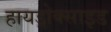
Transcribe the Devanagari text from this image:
हायड्रोक्साइड